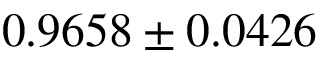
0 . 9 6 5 8 \pm 0 . 0 4 2 6